Annual report on the mental hospital in the Central Provinces and Berar (Nagpur) - 1927-1951
Year: 1927
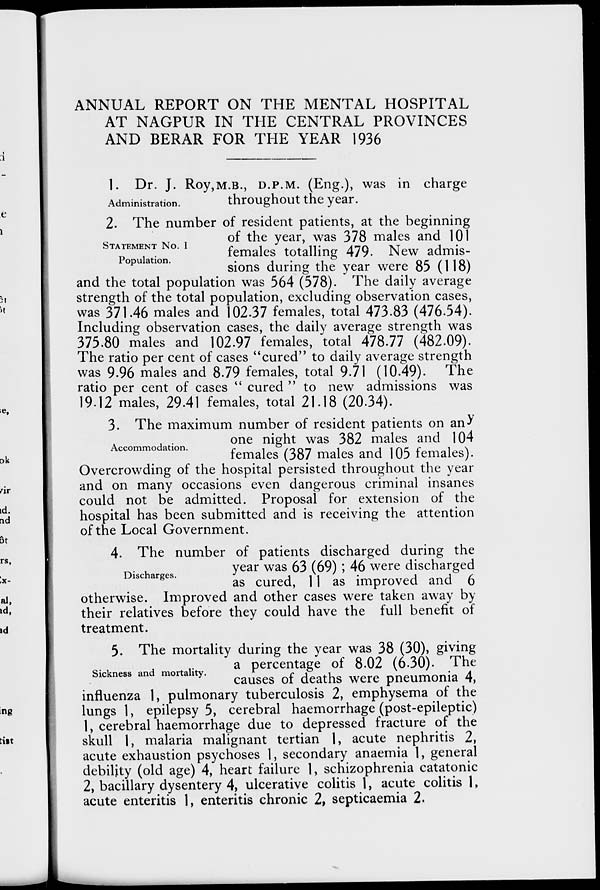
ANNUAL REPORT ON THE MENTAL HOSPITAL
AT NAGPUR IN THE CENTRAL PROVINCES
AND BERAR FOR THE YEAR 1936
Administration.
1. Dr. J. Roy,M.B., D.P.M. (Eng.), was in charge
throughout the year.
STATEMENT NO. I
Population.
2. The number of resident patients, at the beginning
of the year, was 378 males and 101
females totalling 479. New admis-
sions during the year were 85 (118)
and the total population was 564 (578). The daily average
strength of the total population, excluding observation cases,
was 371.46 males and 102.37 females, total 473.83 (476.54).
Including observation cases, the daily average strength was
375.80 males and 102.97 females, total 478.77 (482.09).
The ratio per cent of cases "cured" to daily average strength
was 9.96 males and 8.79 females, total 9.71 (10.49). The
ratio per cent of cases " cured " to new admissions was
19.12 males, 29.41 females, total 21.18 (20.34).
Accommodation.
3. The maximum number of resident patients on any
one night was 382 males and 104
females (387 males and 105 females).
Overcrowding of the hospital persisted throughout the year
and on many occasions even dangerous criminal insanes
could not be admitted. Proposal for extension of the
hospital has been submitted and is receiving the attention
of the Local Government.
Discharges.
4. The number of patients discharged during the
year was 63 (69) ; 46 were discharged
as cured, 11 as improved and 6
otherwise. Improved and other cases were taken away by
their relatives before they could have the full benefit of
treatment.
Sickness and mortality.
5. The mortality during the year was 38 (30), giving
a percentage of 8.02 (6.30). The
causes of deaths were pneumonia 4,
influenza 1, pulmonary tuberculosis 2, emphysema of the
lungs 1, epilepsy 5, cerebral haemorrhage (post-epileptic)
1, cerebral haemorrhage due to depressed fracture of the
skull 1, malaria malignant tertian 1, acute nephritis 2,
acute exhaustion psychoses 1, secondary anaemia 1, general
debility (old age) 4, heart failure 1, schizophrenia catatonic
2, bacillary dysentery 4, ulcerative colitis 1, acute colitis 1,
acute enteritis 1, enteritis chronic 2, septicaemia 2.